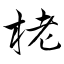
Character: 栳